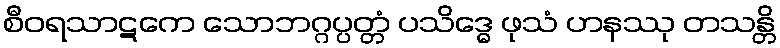
စီဝရသာဋကေ သောဘဂ္ဂပ္ပတ္တံ ပသိဒ္ဓေ ဖုသံ ဟနဿု တသန္တိ